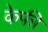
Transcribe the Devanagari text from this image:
केफी